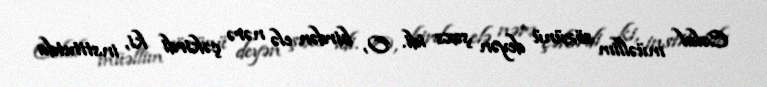
Cəlal müəllim sözünü deyən şəxs idi. O, birdən elə nərə çəkirdi ki, institutda